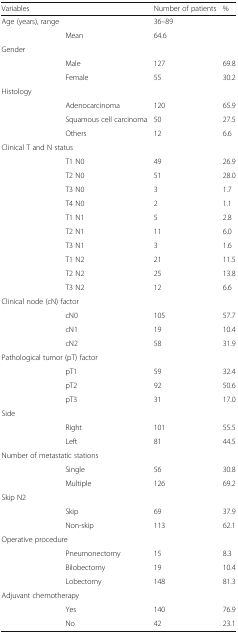
<table><thead><tr><td colspan="2"><b>Variables</b></td><td><b>Number of patients</b></td><td><b>%</b></td></tr></thead><tbody><tr><td rowspan="2">Age (years), range</td><td></td><td>36–89</td><td></td></tr><tr><td>Mean</td><td>64.6</td><td></td></tr><tr><td colspan="4">Gender</td></tr><tr><td></td><td>Male</td><td>127</td><td>69.8</td></tr><tr><td></td><td>Female</td><td>55</td><td>30.2</td></tr><tr><td colspan="4">Histology</td></tr><tr><td></td><td>Adenocarcinoma</td><td>120</td><td>65.9</td></tr><tr><td></td><td>Squamous cell carcinoma</td><td>50</td><td>27.5</td></tr><tr><td></td><td>Others</td><td>12</td><td>6.6</td></tr><tr><td colspan="4">Clinical T and N status</td></tr><tr><td></td><td>T1 N0</td><td>49</td><td>26.9</td></tr><tr><td></td><td>T2 N0</td><td>51</td><td>28.0</td></tr><tr><td></td><td>T3 N0</td><td>3</td><td>1.7</td></tr><tr><td></td><td>T4 N0</td><td>2</td><td>1.1</td></tr><tr><td></td><td>T1 N1</td><td>5</td><td>2.8</td></tr><tr><td></td><td>T2 N1</td><td>11</td><td>6.0</td></tr><tr><td></td><td>T3 N1</td><td>3</td><td>1.6</td></tr><tr><td></td><td>T1 N2</td><td>21</td><td>11.5</td></tr><tr><td></td><td>T2 N2</td><td>25</td><td>13.8</td></tr><tr><td></td><td>T3 N2</td><td>12</td><td>6.6</td></tr><tr><td colspan="4">Clinical node (cN) factor</td></tr><tr><td></td><td>cN0</td><td>105</td><td>57.7</td></tr><tr><td></td><td>cN1</td><td>19</td><td>10.4</td></tr><tr><td></td><td>cN2</td><td>58</td><td>31.9</td></tr><tr><td colspan="4">Pathological tumor (pT) factor</td></tr><tr><td></td><td>pT1</td><td>59</td><td>32.4</td></tr><tr><td></td><td>pT2</td><td>92</td><td>50.6</td></tr><tr><td></td><td>pT3</td><td>31</td><td>17.0</td></tr><tr><td colspan="4">Side</td></tr><tr><td></td><td>Right</td><td>101</td><td>55.5</td></tr><tr><td></td><td>Left</td><td>81</td><td>44.5</td></tr><tr><td colspan="4">Number of metastatic stations</td></tr><tr><td></td><td>Single</td><td>56</td><td>30.8</td></tr><tr><td></td><td>Multiple</td><td>126</td><td>69.2</td></tr><tr><td colspan="4">Skip N2</td></tr><tr><td></td><td>Skip</td><td>69</td><td>37.9</td></tr><tr><td></td><td>Non-skip</td><td>113</td><td>62.1</td></tr><tr><td colspan="4">Operative procedure</td></tr><tr><td></td><td>Pneumonectomy</td><td>15</td><td>8.3</td></tr><tr><td></td><td>Bilobectomy</td><td>19</td><td>10.4</td></tr><tr><td></td><td>Lobectomy</td><td>148</td><td>81.3</td></tr><tr><td colspan="4">Adjuvant chemotherapy</td></tr><tr><td></td><td>Yes</td><td>140</td><td>76.9</td></tr><tr><td></td><td>No</td><td>42</td><td>23.1</td></tr></tbody></table>